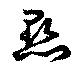
点